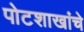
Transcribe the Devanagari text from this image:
पोटशाखांचे